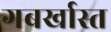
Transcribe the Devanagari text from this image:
गबर्खास्‍त